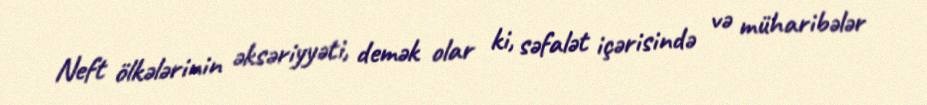
Neft ölkələrinin əksəriyyəti, demək olar ki, səfalət içərisində və müharibələr